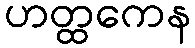
ဟတ္ထကေန